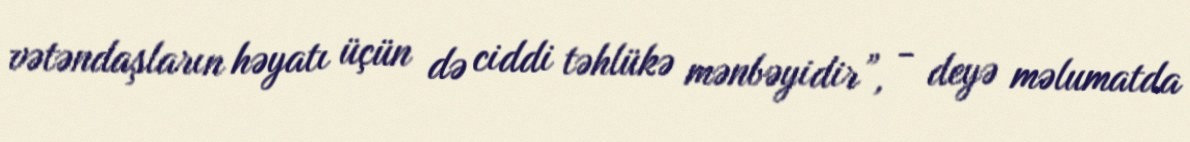
vətəndaşların həyatı üçün də ciddi təhlükə mənbəyidir”, - deyə məlumatda